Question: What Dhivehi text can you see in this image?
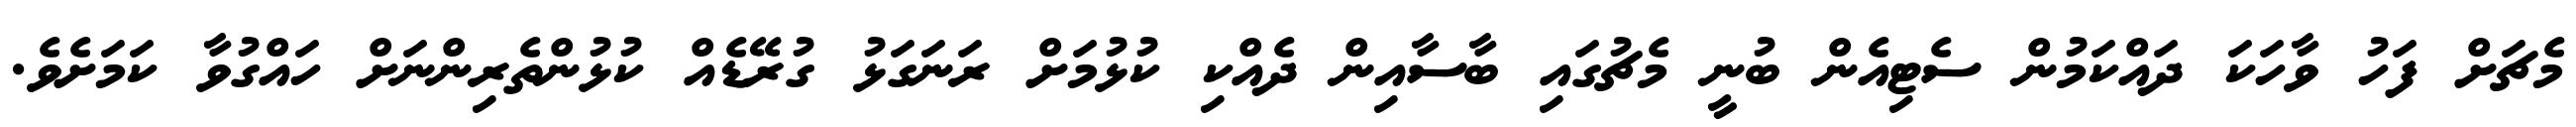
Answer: މެޗަށް ފަހު ވާހަކަ ދައްކަމުން ސެޓިއެން ބުނީ މެޗުގައި ބާސާއިން ދެއްކި ކުޅުމަށް ރަނަގަޅު ގުރޭޑެއް ކުޅުންތެރިންނަށް ހައްގުވާ ކަމަށެވެ.